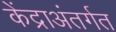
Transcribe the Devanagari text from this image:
केंद्राअंतर्गत